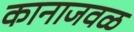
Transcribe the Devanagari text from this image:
कानाजवळ